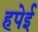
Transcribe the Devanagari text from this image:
हपेई